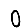
Digit: 0